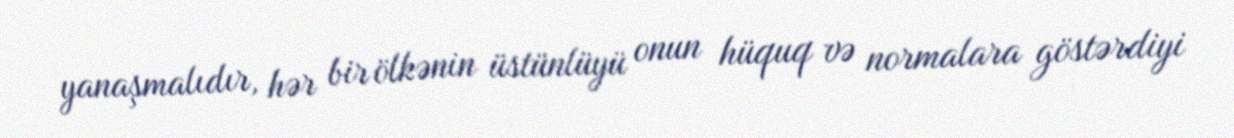
yanaşmalıdır, hər bir ölkənin üstünlüyü onun hüquq və normalara göstərdiyi